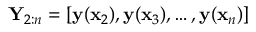
\mathbf Y _ { 2 : n } = [ \mathbf { y } ( \mathbf x _ { 2 } ) , \mathbf { y } ( \mathbf x _ { 3 } ) , \dots , \mathbf { y } ( \mathbf x _ { n } ) ]